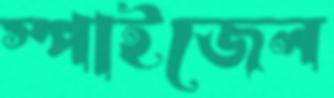
স্পাইজেল